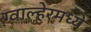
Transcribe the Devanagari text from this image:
ग्वाल्हेरमध्ये